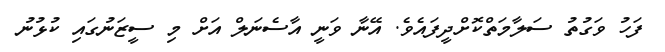
ފަހު ވަގުތު ސަލާމަތްކޮށްދީފައެވެ. އޭނާ ވަނީ އާސެނަލް އަށް މި ސީޒަނުގައި ކުޅުނު